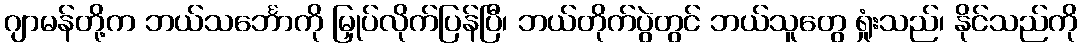
ဂျာမန်တို့က ဘယ်သင်္ဘောကို မြှုပ်လိုက်ပြန်ပြီ၊ ဘယ်တိုက်ပွဲတွင် ဘယ်သူတွေ ရှုံးသည်၊ နိုင်သည်ကို